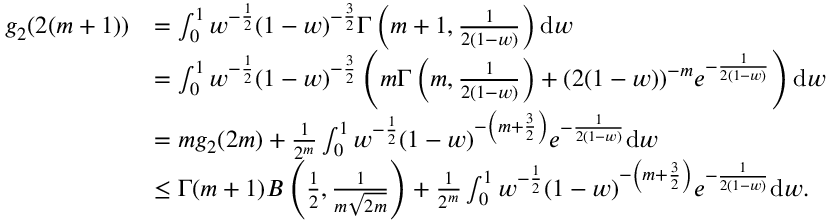
\begin{array} { r l } { g _ { 2 } ( 2 ( m + 1 ) ) } & { = \int _ { 0 } ^ { 1 } w ^ { - \frac { 1 } { 2 } } ( 1 - w ) ^ { - \frac { 3 } { 2 } } \Gamma \left( m + 1 , \frac { 1 } { 2 ( 1 - w ) } \right) \mathrm { d } w } \\ & { = \int _ { 0 } ^ { 1 } w ^ { - \frac { 1 } { 2 } } ( 1 - w ) ^ { - \frac { 3 } { 2 } } \left( m \Gamma \left( m , \frac { 1 } { 2 ( 1 - w ) } \right) + ( 2 ( 1 - w ) ) ^ { - m } e ^ { - \frac { 1 } { 2 ( 1 - w ) } } \right) \mathrm { d } w } \\ & { = m g _ { 2 } ( 2 m ) + \frac { 1 } { 2 ^ { m } } \int _ { 0 } ^ { 1 } w ^ { - \frac { 1 } { 2 } } ( 1 - w ) ^ { - \left( m + \frac { 3 } { 2 } \right) } e ^ { - \frac { 1 } { 2 ( 1 - w ) } } \mathrm { d } w } \\ & { \leq \Gamma ( m + 1 ) B \left( \frac { 1 } { 2 } , \frac { 1 } { m \sqrt { 2 m } } \right) + \frac { 1 } { 2 ^ { m } } \int _ { 0 } ^ { 1 } w ^ { - \frac { 1 } { 2 } } ( 1 - w ) ^ { - \left( m + \frac { 3 } { 2 } \right) } e ^ { - \frac { 1 } { 2 ( 1 - w ) } } \mathrm { d } w . } \end{array}